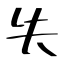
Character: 失